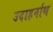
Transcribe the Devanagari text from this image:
उदाहर्नाथ